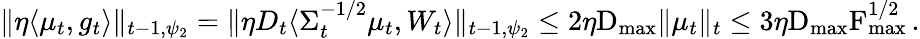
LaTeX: \begin{array}{r}{\Vert\eta\langle\mu_{t},g_{t}\rangle\Vert_{t-1,\psi_{2}}=\Vert\eta D_{t}\langle\Sigma_{t}^{-1/2}\mu_{t},W_{t}\rangle\Vert_{t-1,\psi_{2}}\leq 2\eta\textrm{D}_{\operatorname*{max}}\Vert\mu_{t}\Vert_{t}\leq 3\eta\textrm{D}_{\operatorname*{max}}\textrm{F}_{\operatorname*{max}}^{1/2}\, .}\end{array}